Annual report of the Punjab Veterinary College and of the Civil Veterinary Department, Punjab - 1894-1908
Year: 1894
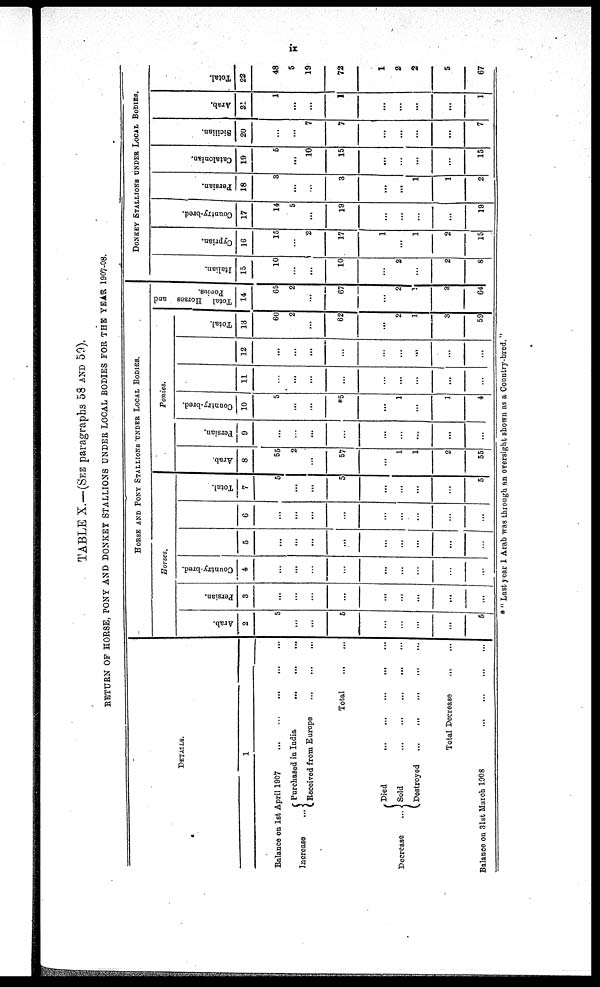
ix
TABLE X.—(SEE paragraphs 58 AND 59).
RETURN OF HORSE, PONY AND DONKEY STALLIONS UNDER LOCAL BODIES FOR THE YEAR 1907-08.
DETAILS.
1
Balance on 1st April 1907
...
...
...
...
...
Increase
...
Decrease
...
Purchased in India
...
...
...
...
Received from Europe ... ... ... ...
Total ... ... ...
Died
...
...
...
...
...
...
...
Sold
Destroyed
...
...
...
...
...
...
Total Decrease ... ... ... ... ...
Balance on 31st March 1908
...
...
...
...
...
...
HORSE AND PONY STALLIONS UNDER LOCAL BODIES.
Horses.
Arab,
2
5
...
...
5
...
...
...
...
5
Persian.
3
...
...
...
...
...
...
...
...
...
Country-bred.
4
...
...
...
...
...
...
...
...
...
5
...
...
...
...
...
...
...
...
...
6
...
...
...
...
...
...
...
...
...
Total.
7
5
...
...
5
...
...
...
...
5
Ponies.
Arab.
8
55
2
...
57
...
1
1
2
55
Persian.
9
...
...
...
...
...
...
...
...
Country-bred.
10
5
...
...
*5
...
1
...
1
4
11
...
...
...
...
...
...
...
...
...
12
...
...
...
...
...
...
...
...
Total.
13
60
2
...
62
...
2
1
3
59
Total Horses and
Ponies.
14
65
2
...
67
...
2
...
3
64
DONKEY STALLIONS UNDER LOCAL BODIES.
Italian.
15
10
...
...
10
...
2
...
2
8
Cypr i
an.
16
15
...
2
17
1
...
1
2
15
Count r
y- br e d.
17
14
5
...
19
...
...
...
19
Per si an.
18
3
...
...
3
...
...
1
1
2
Cat al oni an.
19
5
...
10
15
...
...
...
...
15
Si ci l i an.
20
...
7
7
...
...
...
...
7
Arab.
21
1
...
...
1
...
...
...
...
1
Tot al .
22
48
5
19
72
1
2
2
5
67
"Last year 1 Arab was through an oversight shown as a Country-bred."